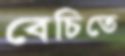
বেচিতে